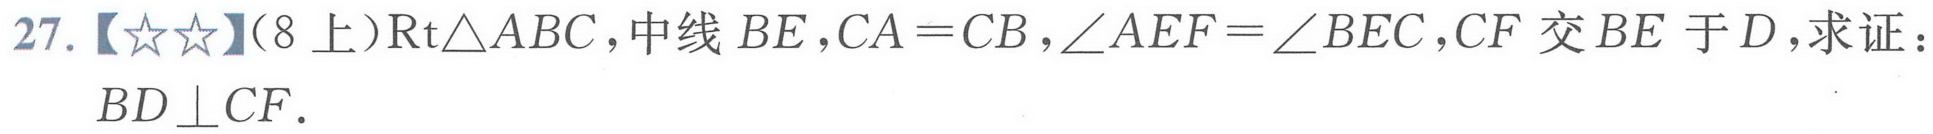
27.【★★】（8上）\(\text{Rt}\triangle ABC\)，中线\(BE\)，\(CA = CB\)，\(\angle AEF=\angle BEC\)，\(CF\)交\(BE\)于\(D\)，求证：
\(BD\perp CF\).